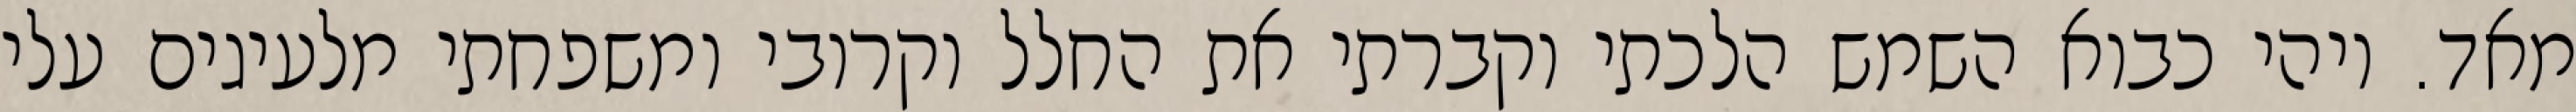
מאד. ויהי כבוא השמש הלכתי וקברתי את החלל וקרובי ומשפחתי מלעיגים עלי